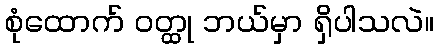
စုံထောက် ဝတ္ထု ဘယ်မှာ ရှိပါသလဲ။